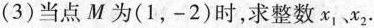
(3)当点M为(1，-2)时，求整数x_{1}、x_{2}.